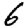
Digit: 6